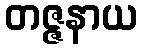
တဇ္ဇနာယ